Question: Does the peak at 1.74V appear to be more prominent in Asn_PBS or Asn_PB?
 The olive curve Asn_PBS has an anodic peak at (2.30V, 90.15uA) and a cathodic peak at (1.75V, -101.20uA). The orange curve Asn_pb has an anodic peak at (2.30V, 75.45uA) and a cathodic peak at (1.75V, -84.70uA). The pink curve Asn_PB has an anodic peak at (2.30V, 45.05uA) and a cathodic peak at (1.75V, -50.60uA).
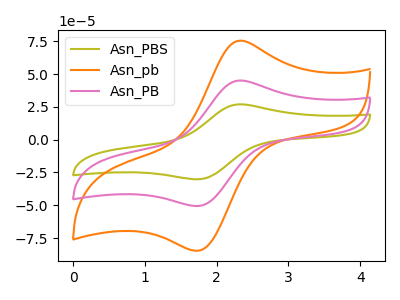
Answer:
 <answer>The peak at 1.74V is higher in "Asn_PBS" than in "Asn_PB".</answer>
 <eval>higher</eval>